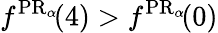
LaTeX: f^{\operatorname{PR}_{\alpha}\! }(4)>f^{\operatorname{PR}_{\alpha}\! }(0)